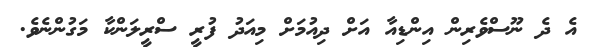
އެ ދެ ނޫސްވެރިން އިންޑިއާ އަށް ދިއުމަށް މިއަދު ފުރީ ސްރީލަންކާ މަގުންނެވެ.